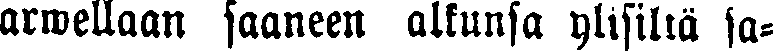
arwellaan saaneen alkunsa ylisiltä sa-